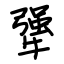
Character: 犟